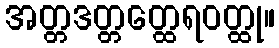
အတ္တဒတ္တတ္ထေရဝတ္ထု။